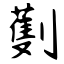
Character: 劐